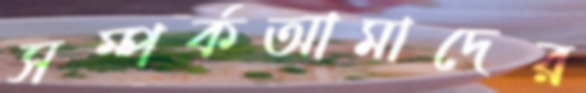
সম্পর্কআমাদের